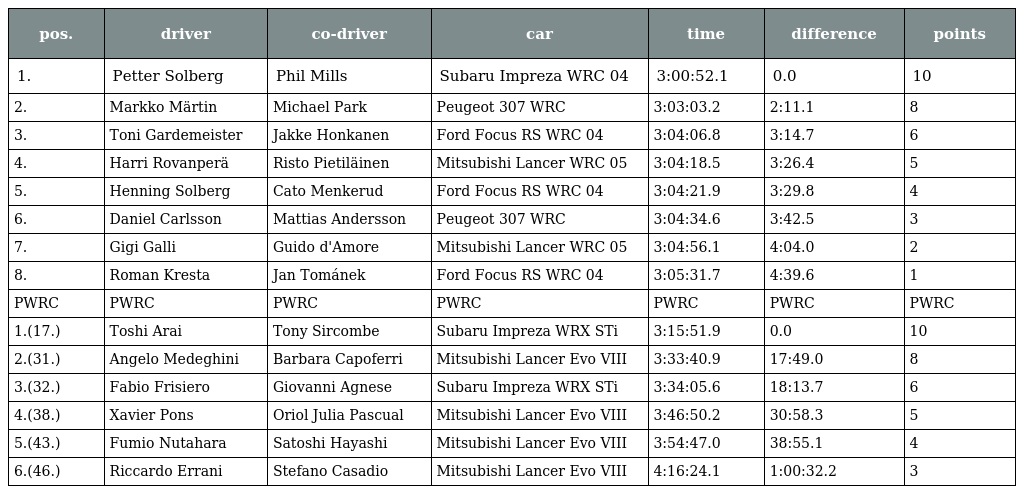
| pos. | driver | co-driver | car | time | difference | points |
 | --- | --- | --- | --- | --- | --- | --- |
 | 1. | Petter Solberg | Phil Mills | Subaru Impreza WRC 04 | 3:00:52.1 | 0.0 | 10 |
 | 2. | Markko Märtin | Michael Park | Peugeot 307 WRC | 3:03:03.2 | 2:11.1 | 8 |
 | 3. | Toni Gardemeister | Jakke Honkanen | Ford Focus RS WRC 04 | 3:04:06.8 | 3:14.7 | 6 |
 | 4. | Harri Rovanperä | Risto Pietiläinen | Mitsubishi Lancer WRC 05 | 3:04:18.5 | 3:26.4 | 5 |
 | 5. | Henning Solberg | Cato Menkerud | Ford Focus RS WRC 04 | 3:04:21.9 | 3:29.8 | 4 |
 | 6. | Daniel Carlsson | Mattias Andersson | Peugeot 307 WRC | 3:04:34.6 | 3:42.5 | 3 |
 | 7. | Gigi Galli | Guido d'Amore | Mitsubishi Lancer WRC 05 | 3:04:56.1 | 4:04.0 | 2 |
 | 8. | Roman Kresta | Jan Tománek | Ford Focus RS WRC 04 | 3:05:31.7 | 4:39.6 | 1 |
 | PWRC | PWRC | PWRC | PWRC | PWRC | PWRC | PWRC |
 | 1.(17.) | Toshi Arai | Tony Sircombe | Subaru Impreza WRX STi | 3:15:51.9 | 0.0 | 10 |
 | 2.(31.) | Angelo Medeghini | Barbara Capoferri | Mitsubishi Lancer Evo VIII | 3:33:40.9 | 17:49.0 | 8 |
 | 3.(32.) | Fabio Frisiero | Giovanni Agnese | Subaru Impreza WRX STi | 3:34:05.6 | 18:13.7 | 6 |
 | 4.(38.) | Xavier Pons | Oriol Julia Pascual | Mitsubishi Lancer Evo VIII | 3:46:50.2 | 30:58.3 | 5 |
 | 5.(43.) | Fumio Nutahara | Satoshi Hayashi | Mitsubishi Lancer Evo VIII | 3:54:47.0 | 38:55.1 | 4 |
 | 6.(46.) | Riccardo Errani | Stefano Casadio | Mitsubishi Lancer Evo VIII | 4:16:24.1 | 1:00:32.2 | 3 |